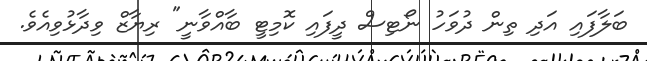
ބަލާފައި އަދި ތިން ދުވަހު ނޯޓިސް ދީފައި ކޮމިޓީ ބާއްވާނީ" ރިޔާޒް ވިދާޅުވިއެވެ.